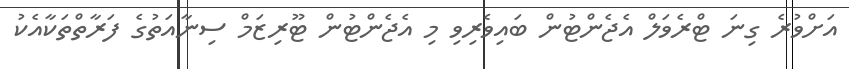
އަށްވުރެ ގިނަ ޓްރެވަލް އެޖެންޓުން ބައިވެރިވި މި އެޖެންޓުން ޓޫރިޒަމް ސިނާއަތުގެ ފަރާތްތަކާއެކު